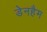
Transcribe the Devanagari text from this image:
डेनहैम